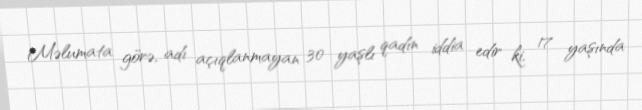
Məlumata görə, adı açıqlanmayan 30 yaşlı qadın iddia edir ki, 17 yaşında